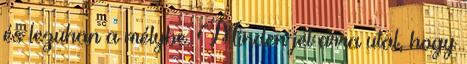
és lezuhan a mélybe. Minden jel arra utal, hogy